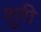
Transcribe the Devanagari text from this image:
शुरी